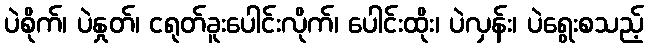
ပဲစိုက်၊ ပဲနှုတ်၊ ငရုတ်ခူးပေါင်းလိုက်၊ ပေါင်းထိုး၊ ပဲလှန်း၊ ပဲရွေးစသည့်